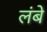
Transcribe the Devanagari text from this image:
लंबे